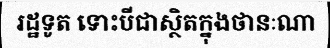
រដ្ឋទូត ទោះបីជាស្ថិតក្នុងថានៈណា